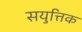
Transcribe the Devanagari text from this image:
सयुत्तिक